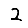
Digit: 2